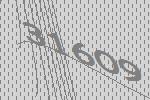
31609